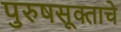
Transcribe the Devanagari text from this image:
पुरुषसूक्ताचे